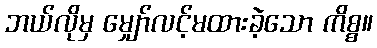
ဘယ်လိုမှ မျှော်လင့်မထားခဲ့သော ကိစ္စ။